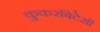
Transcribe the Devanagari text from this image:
कुकरबिटेसी